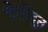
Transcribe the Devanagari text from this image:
चेतोदूत